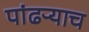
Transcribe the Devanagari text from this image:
पांढऱ्याच